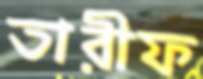
তারীফ